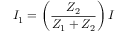
I _ { 1 } = \left( { \frac { Z _ { 2 } } { Z _ { 1 } + Z _ { 2 } } } \right) I